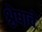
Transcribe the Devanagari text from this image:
श्लेषाचे